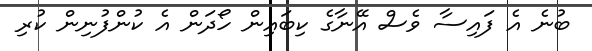
ބުނެ އެ ފައިސާ ވެސް އޭނާގެ ކިބައިން ހޯދަން އެ ކުންފުނިން ކުރި